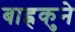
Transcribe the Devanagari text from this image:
बाह्रकुने